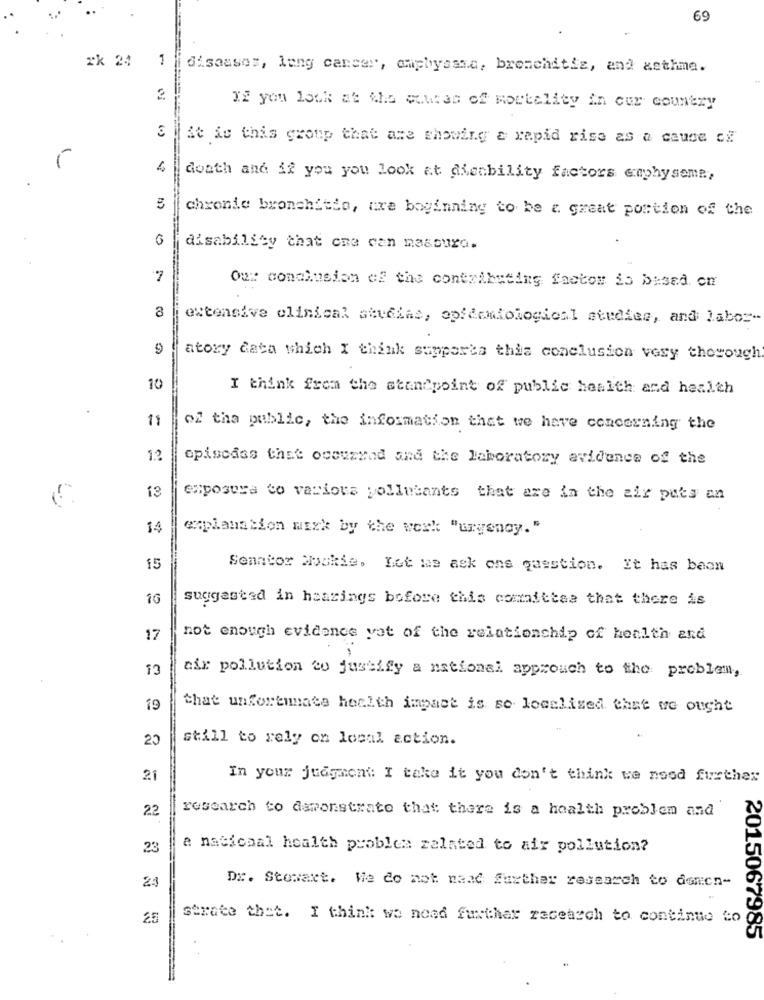
69
rk 24
1
diseases, lung cancer, amphysand, bronchitis, and asthma.
If you look at the cousas of mortality in our country
it is this group that are showing a rapid rise as a cause of
4
doath and if you you look at dieability factors caphy some,
chronie bronchitis, are boginning to be a great portion of the
disability that one can massuro.
7
Ou: conclusion of the contributing factor is based on
extensive clinical studies, epidemiologiosl studies, and labor-
9
atory cata which I think supports this conclusion very thorough
10
I think from the standpoint of public health and health
11
of the public, the information that we have concerning the
12
opiscdas that occurred and the laboratory evidence of the
13
exposure to various pollutants that are in the air puts an
14
explanation misk by the werk "urgency."
15
Senator Mookie. Let me ask ons question. It has been
1G
suggested in hearings bofore this comaittaa that there is
17
not enough evidence yat of the relationship of health and
13
air pollution to justify a national approuch to the problem,
19
that unfortunate health impact is so localized that we ought
still to rely on local action.
20
21
In your judgment: I take it you don't think we need further
research to demonstrate that there is a health problem and
22
23
a national health problem zalsted to air pollution?
Dr. Stowart. We do not naad further research to doncn-
23
strate thet. I think we need further research to continue to
2015067985